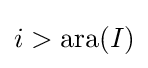
i>\operatorname {ara} (I)